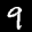
Label: 9